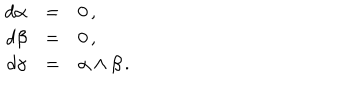
LaTeX: \begin{array} { r c l } { { d \alpha } } & { { = } } & { { 0 \, , } } \\ { { d \beta } } & { { = } } & { { 0 \, , } } \\ { { d \gamma } } & { { = } } & { { \alpha \wedge \beta \, . } } \\ \end{array}